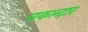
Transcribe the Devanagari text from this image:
चकल्दार